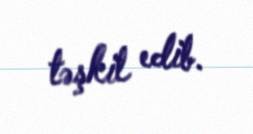
təşkil edib.